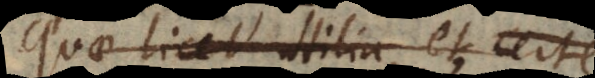
quae valde utilia, et certe